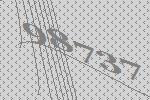
98737